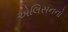
એલિસનનો